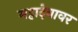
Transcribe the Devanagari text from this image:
महादेवावर